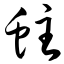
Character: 蛀